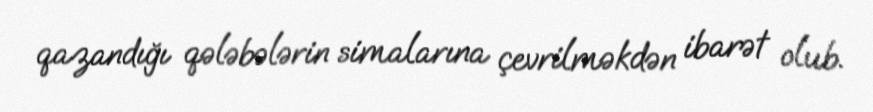
qazandığı qələbələrin simalarına çevrilməkdən ibarət olub.